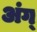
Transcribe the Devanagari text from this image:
अंग्